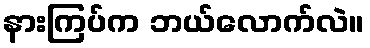
နားကြပ်က ဘယ်လောက်လဲ။